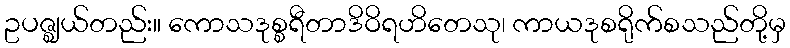
ဥပဇ္ဈယ်တည်း။ ကောသဒုစ္စရီတာဒိဝိရဟိတေသု၊ ကာယဒုစရိုက်စသည်တို့မှ